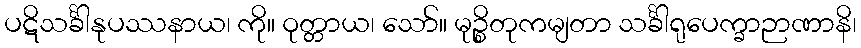
ပဋိသင်္ခါနုပဿနာယ၊ ကို။ ဝုတ္တာယ၊ သော်။ မုဉ္စိတုကမျတာ သင်္ခါရုပေက္ခာဉာဏာနိ၊